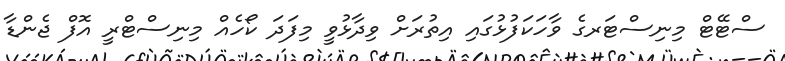
ސްޓޭޓް މިނިސްޓަރގެ ވާހަކަފުޅުގައި އިތުރަށް ވިދާޅުވީ މިފަދަ ކޯހެއް މިނިސްޓްރީ އޮފް ޖެންޑާ